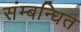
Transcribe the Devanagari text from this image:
संम्बन्धित